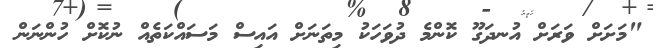
"މަށަށް ވަރަށް އުނދަގޫ ކޮންމެ ދުވަހަކު މިތަނަށް އައިސް މަސައްކަތެއް ނުކޮށް ހުންނަން